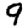
Digit: 9